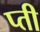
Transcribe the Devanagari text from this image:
प्ती